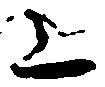
上